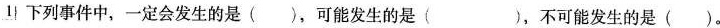
1 下列事件中，一定会发生的是()，可能发生的是( )，不可能发生的是()。